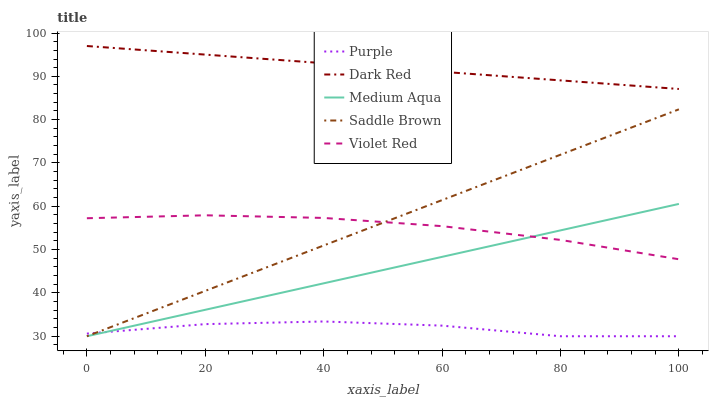
| xaxis_label | Purple | Dark Red | Medium Aqua | Saddle Brown | Violet Red |
 | --- | --- | --- | --- | --- | --- |
 | 0 | 30.6 | 97 | 30 | 30 | 57.2 |
 | 20 | 32.8 | 95 | 36.1 | 40.5 | 57.9 |
 | 40 | 33.4 | 93 | 42.2 | 51 | 57.3 |
 | 60 | 32.4 | 91 | 48.3 | 61.4 | 55.4 |
 | 80 | 30 | 89.1 | 54.4 | 71.9 | 52.2 |
 | 100 | 30 | 87.1 | 60.5 | 82.4 | 47.8 |